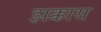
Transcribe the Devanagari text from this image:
झक्कास